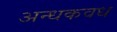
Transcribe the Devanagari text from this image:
अन्धकवध